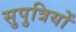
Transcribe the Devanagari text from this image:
सुपुत्रियों